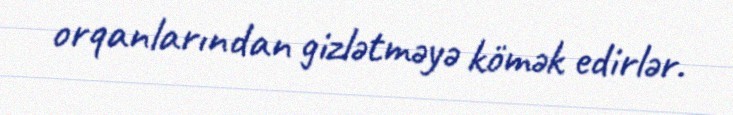
orqanlarından gizlətməyə kömək edirlər.